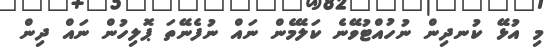
މި އުޅޭ ކުނދިން ނުހުއްޓުވޭނެ ކަލޭމެން ނައް ނުފެނޭތަ ޕޮލިހުން ނައް ދިން